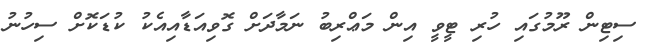
ސިޓިން ރޫމުގައި ހުރި ޓީވީ އިން މަޢްރިބު ނަމާދަށް ގޮވިއަޑާއިއެކު ކުޑަކޮށް ސިހުނު